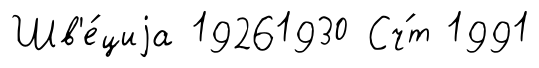
Шв'е́циjа 19261930 Сч́т 1991